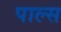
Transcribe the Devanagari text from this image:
पाल्स